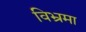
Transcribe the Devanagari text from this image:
विभ्रमा